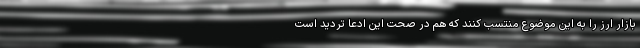
بازار ارز را به این موضوع منتسب کنند که هم در صحت این ادعا تردید است